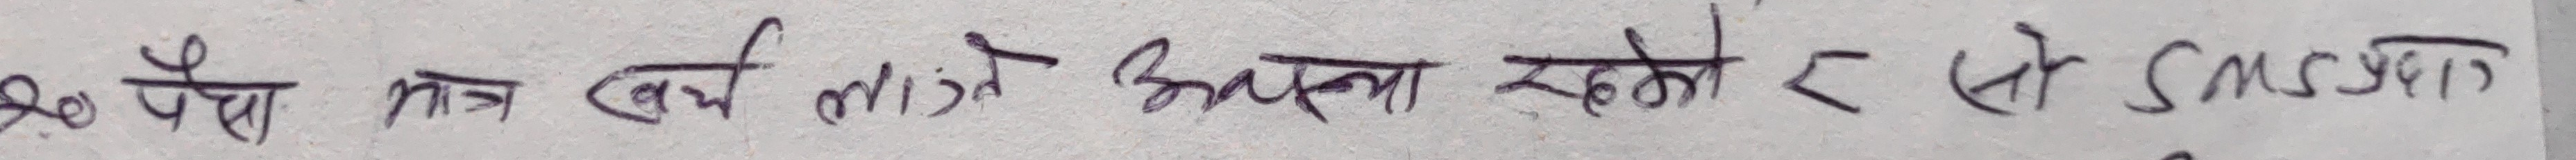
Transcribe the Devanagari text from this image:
हो पैसा मात्र खर्च लागिने अथवा रहेको र सो सम्मका